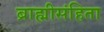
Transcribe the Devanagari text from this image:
ब्राह्मीसंहिता